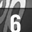
Digit: 6